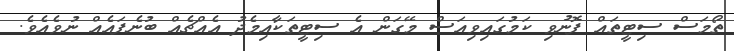
ތޯމަސް ސިޓީތައް ފޮނުވި ކަމުގައިވިއަސް މޭގަން އެ ސިޓީތަކާއިމެދު އެއްޗެއް ބުނެފައެއް ނުވެއެވެ.